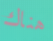
هناك